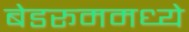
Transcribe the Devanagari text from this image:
बेडरूममध्ये